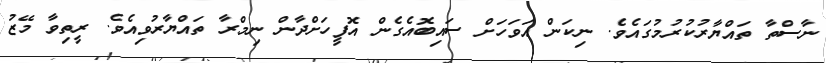
ނާސްތާ ތައްޔާރުކުރުމުގައެވެ. ނިކަން އަވަހަށް ސައިބޮއެގެން އޮފީހަށްދާން ނިމްރާ ތައްޔާރުވިއެވެ. ރީތިވާ މޭޒު